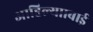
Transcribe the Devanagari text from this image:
आहिल्यााबाई